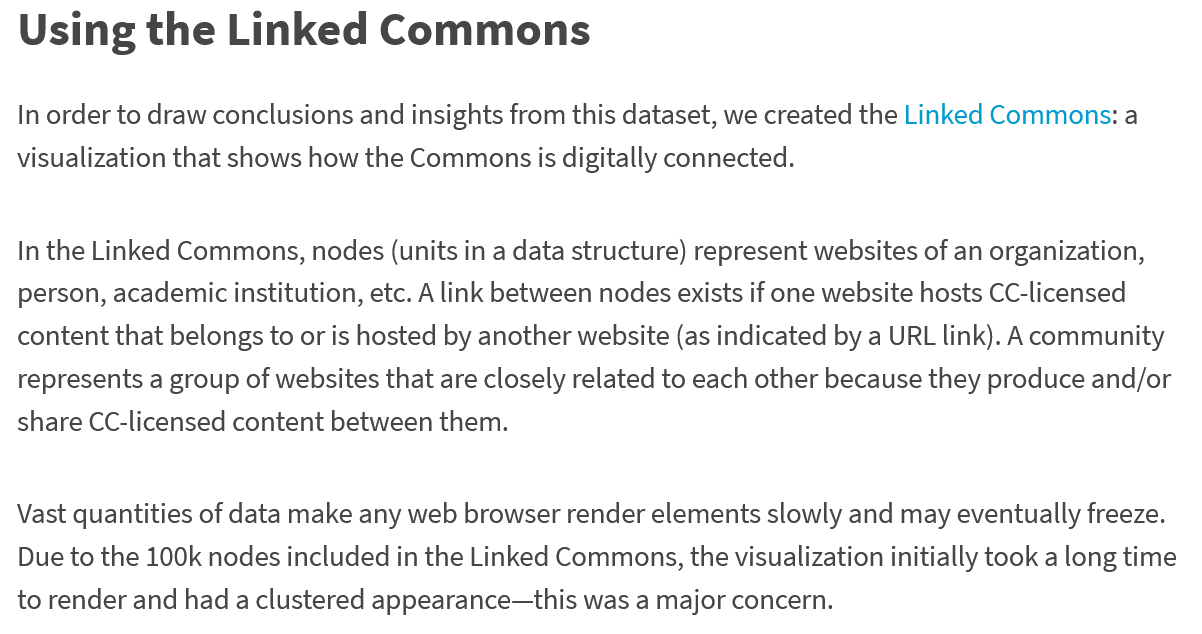
Using    the   Linked    Commons
  In order to draw conclusions and insights from this dataset, we created the Linked Commons: a
  visualization that shows how the Commons is digitally connected.
  In the Linked Commons, nodes (units in a data structure) represent websites of an organization,
  person, academic institution, etc. A link between nodes exists if one website hosts CC-licensed
  content that belongs to or is hosted by another website (as indicated by a URL link). A community
  represents a group of websites that are closely related to each other because they produce and/or
  share CC-licensed content between them.
  Vast quantities of data make any web browser render elements slowly and may eventually freeze.
  Due to the 100k nodes included in the Linked Commons, the visualization initially took a long time
  to render and had a clustered appearance—this was a major concern.